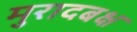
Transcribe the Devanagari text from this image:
मुरादबक्ष